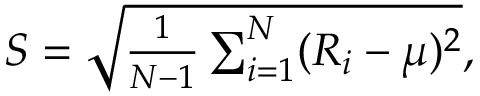
\begin{array} { r } { S = \sqrt { \frac { 1 } { N - 1 } \sum _ { i = 1 } ^ { N } ( R _ { i } - \mu ) ^ { 2 } } , } \end{array}